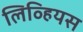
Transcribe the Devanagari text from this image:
लिव्हियस